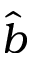
\widehat { b }